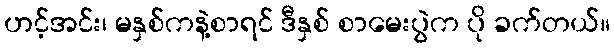
ဟင့်အင်း၊ မနှစ်ကနဲ့စာရင် ဒီနှစ် စာမေးပွဲက ပို ခက်တယ်။